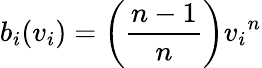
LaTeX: b_{i}(v_{i})=\left({\frac{n-1}{n}}\right){v_{i}}^{n}